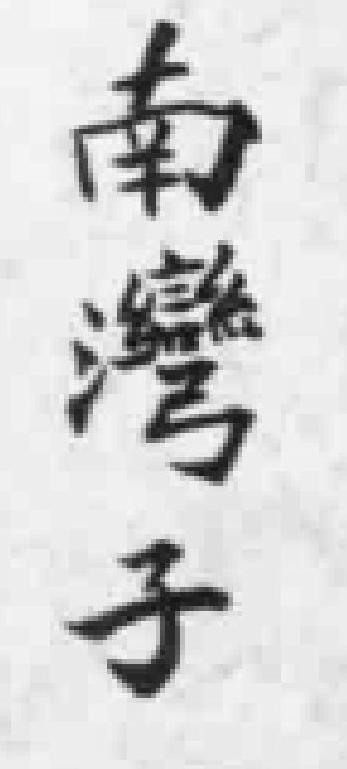
南灣子